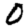
Digit: 0